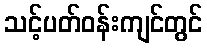
သင့်ပတ်ဝန်းကျင်တွင်